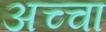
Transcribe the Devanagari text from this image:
अच्‍चा